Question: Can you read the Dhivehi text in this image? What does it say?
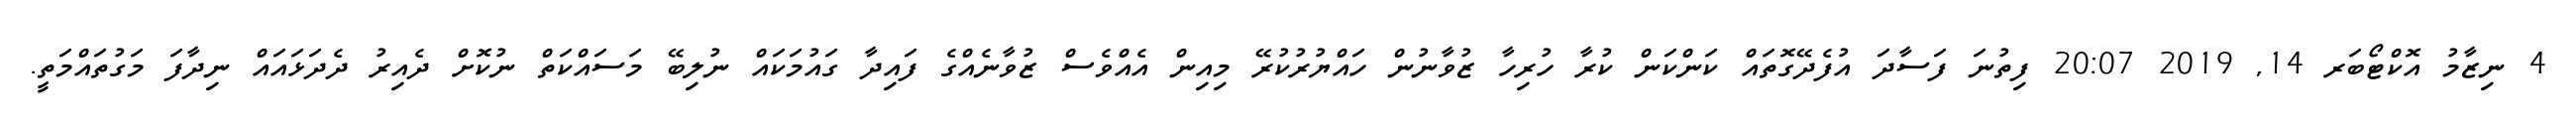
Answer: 4 ނިޒާމު އޮކްޓޯބަރ 14, 2019 20:07 ފިތުނަ ފަސާދަ އުފެދޭގޮތައް ކަންކަން ކުރާ ހުރިހާ ޒުވާނުން ހައްޔުރުކުރޭ މިއިން އެއްވެސް ޒުވާނެއްގެ ފައިދާ ގައުމަކައް ނުލިބޭ މަސައްކަތް ނުކޮށް ދެއިރު ދެދަޅައައް ނިދާފަ މަގުތައްމަތީ.